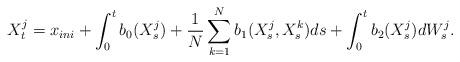
LaTeX: \begin{align*}X^j_t = x_{ini} + \int_0^t b_0(X^j_s) + \frac{1}{N}\sum_{k=1}^N b_1(X^j_s,X^k_s) ds + \int_0^t b_2(X^j_s)dW^j_s.\end{align*}